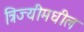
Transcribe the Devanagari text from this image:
त्रिज्यीमधील